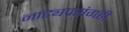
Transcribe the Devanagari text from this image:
नाट्यप्रसंगही